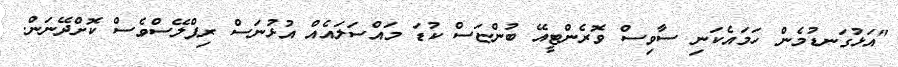
"އަޅުގަނޑުމެން ހަމައެކަނި ސާވިސް ވޮރެންޓީއޭ ބުންޏަސް ކުޑަ މައްސަލައެއް އުޅުނަސް ރިޕްލޭސްވެސް ކޮށްދޭނަން.